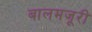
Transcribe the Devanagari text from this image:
बालमजूरी